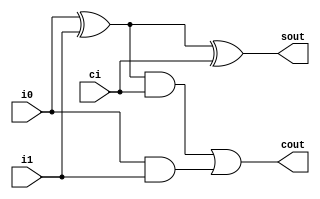
`timescale 1ns / 1ps
//////////////////////////////////////////////////////////////////////////////////
// Company: EE480
// 
// Design Name: 	 DVHW1
// Module Name:    bfa_gate 
// Project Name: 
// Target Devices: 
// Tool versions: 
// Description: 
//		Binary full adder with gate description
// Dependencies: 
//
// Revision: 
// Revision 0.01 - File Created
// Additional Comments: 
//
// 
//
//////////////////////////////////////////////////////////////////////////////////
module bfa_gate(i0, i1, ci, sout, cout);

	input i0, i1, ci;
	output sout, cout;
	wire wxor, wand0, wand1;
	
	// Output, input, input
	xor Xor0(wxor, i0, i1);
	xor Xor1(sout, wxor, ci);
	and And0(wand0, wxor, ci);
	and And1(wand1, i0, i1);
	or  Or0(cout, wand0, wand1);
	
	
endmodule